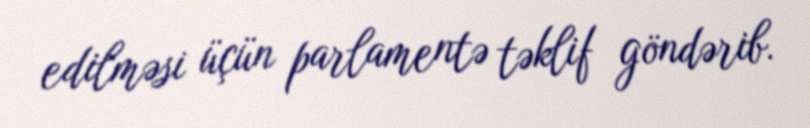
edilməsi üçün parlamentə təklif göndərib.